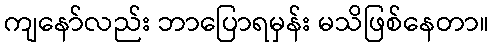
ကျနော်လည်း ဘာပြောရမှန်း မသိဖြစ်နေတာ။